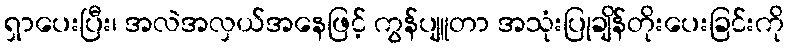
ရှာပေးပြီး၊ အလဲအလှယ်အနေဖြင့် ကွန်ပျူတာ အသုံးပြုချိန်တိုးပေးခြင်းကို